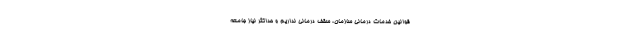
قوانین خدمات درمانی سازمان، سقف درمانی نداریم و حداکثر نیاز جامعه